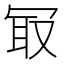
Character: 冣